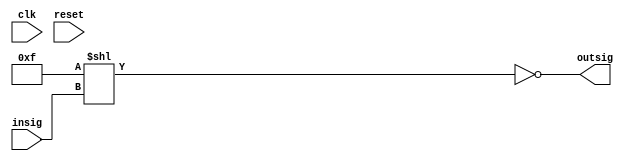
// This program was cloned from: https://github.com/steveicarus/ivtest
// License: GNU General Public License v2.0

module ex1
(
clk,
reset,
insig,
outsig
);
input clk;
input reset;
input [3:0] insig;
output [3:0] outsig;
reg [3:0] outsig;

//reg [3:0] val_q;

always @ ( insig ) begin
        outsig = ~(4'hf << insig);
        $display("out: %b, in: %b",outsig,insig);
end

endmodule
module main;
reg             clk;
reg             reset;
reg     [3:0]   insig;
wire    [3:0]   outsig;
ex1 ex1(
 .clk(clk),
 .reset(reset),
 .insig(insig),
 .outsig(outsig));

initial
 begin
   $display ("\n starting the testbench\n");
   // set the inital value to 0
   clk        = 1'b0;
   reset  = 1;
   insig = 4'h0;
   #20 insig = 4'h2;
end
initial
  #71 $finish(0);

always
   #10 clk = ~clk;

always @(posedge clk)
  $display ($time, "..................clock tickling");

endmodule